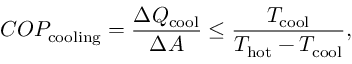
C O P _ { \mathrm { c o o l i n g } } = { \frac { \Delta Q _ { \mathrm { c o o l } } } { \Delta A } } \leq { \frac { T _ { \mathrm { c o o l } } } { T _ { \mathrm { h o t } } - T _ { \mathrm { c o o l } } } } ,